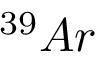
^ { 3 9 } A r